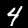
Digit: 4